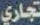
تجاري